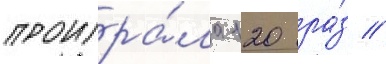
проигра́ла 120 ра́з //